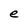
Character: e